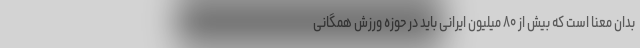
بدان معنا است که بیش از ۸۰ میلیون ایرانی باید در حوزه ورزش همگانی